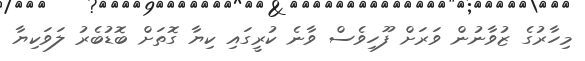
މިހާރުގެ ޒުވާނުން ވަރަށް ފޫހިވެސް ވާނެ ކުރީގައި ކިޔާ ގޮތަށް ބޮޑުބެރު ލަވަކިޔާ